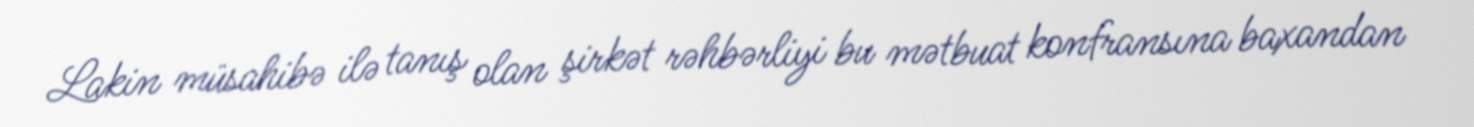
Lakin müsahibə ilə tanış olan şirkət rəhbərliyi bu mətbuat konfransına baxandan